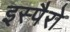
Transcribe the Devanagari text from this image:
इस्पैरो